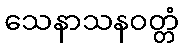
သေနာသနဝတ္တံ